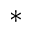
^ *